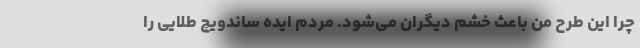
چرا این طرح من باعث خشم دیگران می‌شود. مردم ایده ساندویچ طلایی را